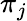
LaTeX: \pi_{j}